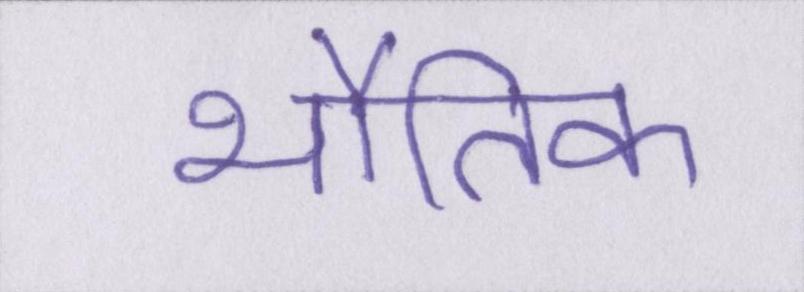
भौतिक